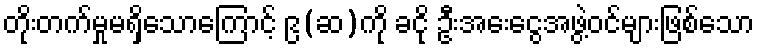
တိုးတက်မှုမရှိသောကြောင့် ၉(ဆ)ကို ခငို ဦးအေးငွေအဖွဲ့ဝင်များဖြစ်သော